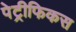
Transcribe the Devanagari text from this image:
पेट्रीफिकस